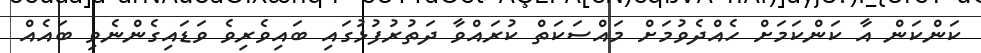
ކަންކަން އާ ކަންކަމަށް ހެއްދެވުމަށް މައްސަކަތް ކުރައްވާ ދަތުރުފުޅުގައި ބައިވެރިވެ ވަޑައިގެންނެވި ބައެއް